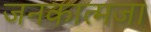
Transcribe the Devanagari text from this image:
जनकात्मजा